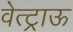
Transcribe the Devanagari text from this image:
वेत्ट्राऊ